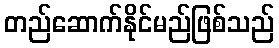
တည်ဆောက်နိုင်မည်ဖြစ်သည်